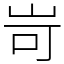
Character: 岢